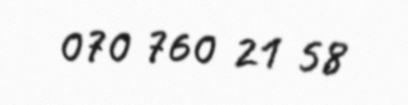
070 760 21 58